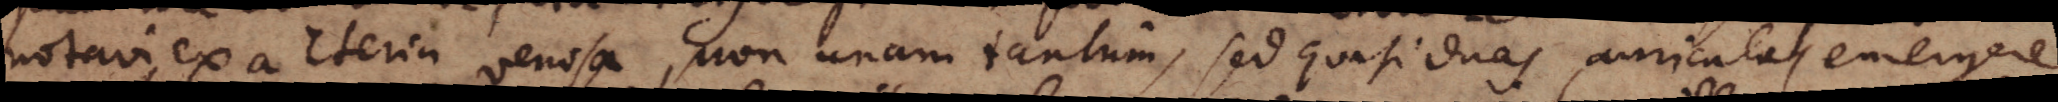
notavi ex arteria venosa, non unam tantum, sed quasi duas auriculas emergere